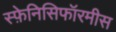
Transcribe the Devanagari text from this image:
स्फ़ेनिसिफॉरमीस